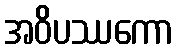
အဝိပဿကော